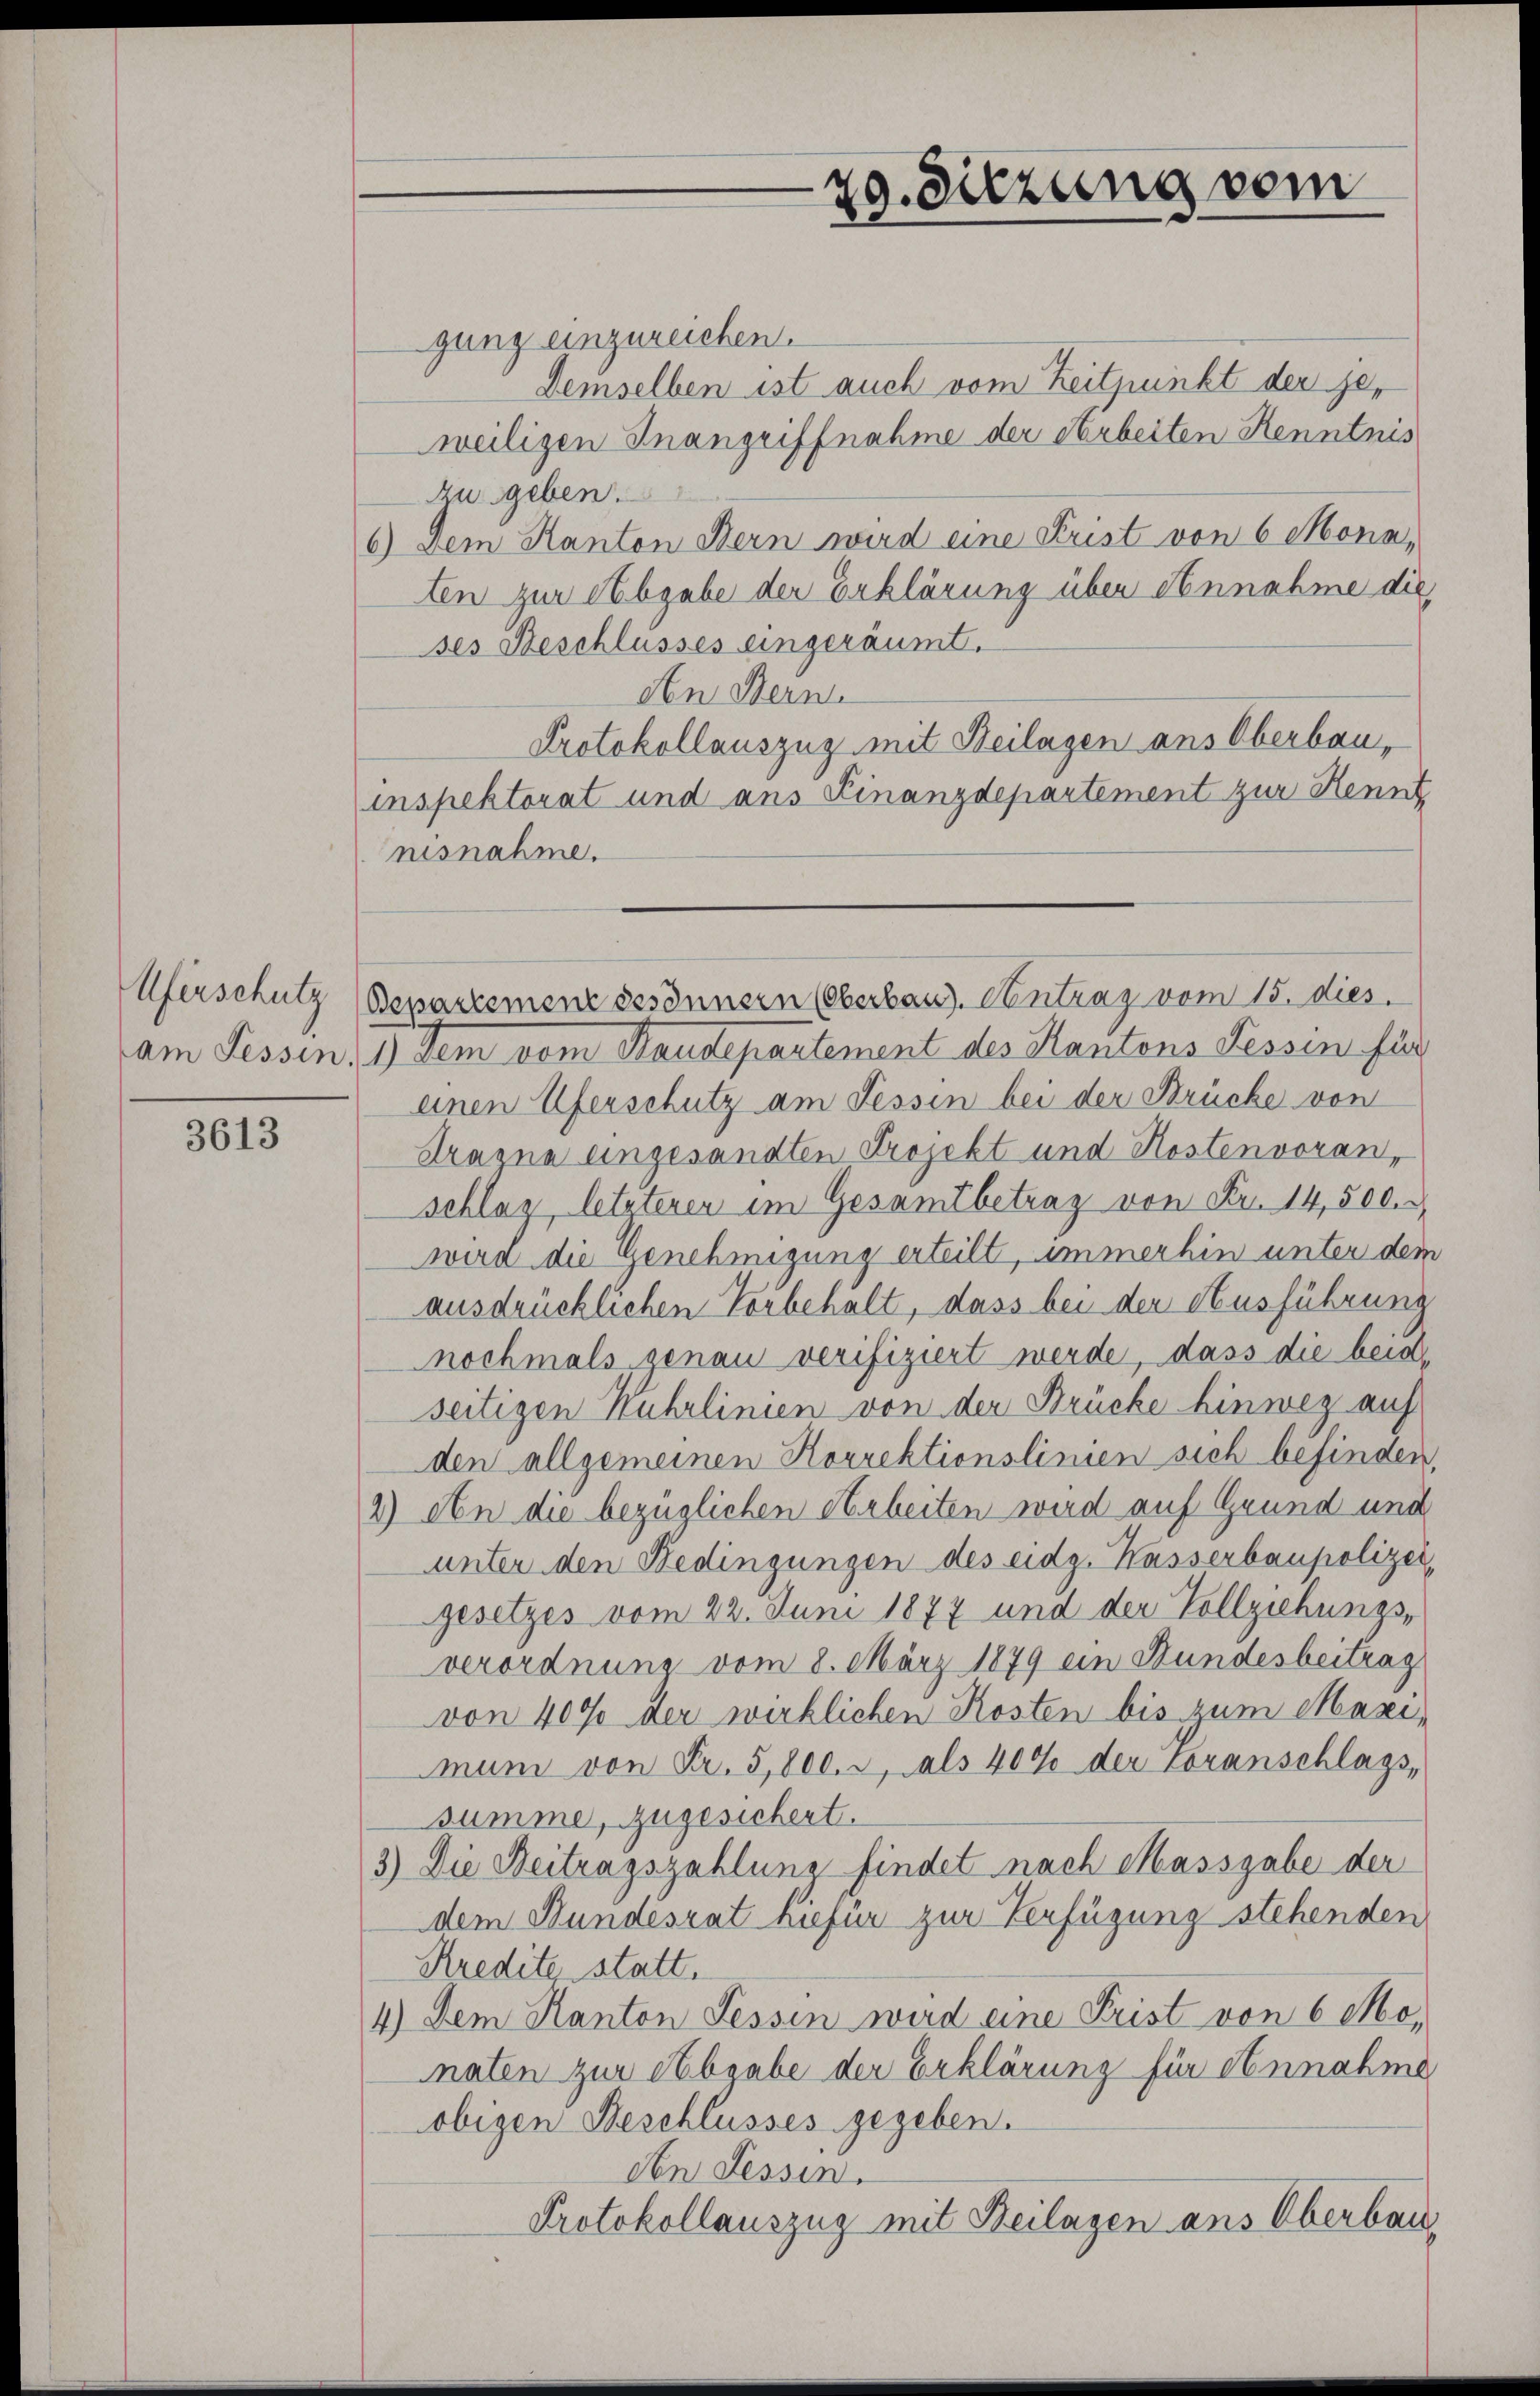
3613

gung einzureichen.
Demselben ist auch vom Zeitpunkt der jeweiligen Inangriffnahme der Arbeiten Kenntnis
zu geben.
6) Dem Kanton Bern wird eine Frist von 6 Mona,
ten zur Abgabe der Erklärung über Annahme die
ses Beschlusses eingeräumt.
den Bern.
Protokollauszug mit Beilagen ans Oberbauinspektorat und aus Finanzdepartement zur Kennt,
nisnahme.
am Fessen: 1) Dem vom Baudepartement des Kantons Tessin für
einen Uferschutz am Tessin bei der Brücke von
dragna eingesandten Projekt und Kostenvoran,
schlag, letzteren im Gesamtbetrag von Fr. 14,500.
wird die Genehmigung erteilt, immerhin unter dem
ausdrücklichen Vorbehalt, dass bei der Ausführung
nochmals genau verifiziert werde, dass die beide
seitigen Wuhrlinien von der Brücke hinweg auf
den allgemeinen Korrektionslinien sich befinden,
2) An die bezüglichen Arbeiten wird auf Grund und
unter den Bedingungen des eidg. Kasserbaupolizei,
gesetzes vom 22. Juni 1877 und der Vollziehungs-
verordnung vom 8. März 1879 ein Bundesbeitrag
von 400 der wirklichen Kosten bis zum Maximum von Fr. 5,800. 2, als 400 der Voranschlags,
summe, zugesichert.
3.) Die Beitragszahlung findet nach Massgabe der
dem Bundesrat hiefür zur Verfügung stehenden
Kredite statt.
4.) Dem Kanton Tessin wird eine Frist von 6 Mo-
mnaten zur Abgabe der Erklärung für Annahme
obigen Beschlusses gegeben.
Aen Tessin.
Protokollauszug mit Beilagen ans Oberbau

Uferschutz (Bepartemenz besonnern (Oberbaus. Antrag vom 15. dies

29. Sitzung vom